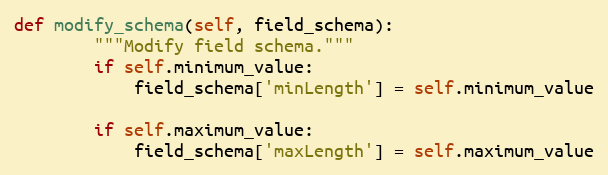
Language: Python
def modify_schema(self, field_schema):
        """Modify field schema."""
        if self.minimum_value:
            field_schema['minLength'] = self.minimum_value

        if self.maximum_value:
            field_schema['maxLength'] = self.maximum_value